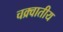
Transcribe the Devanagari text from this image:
चक्र्वातीय